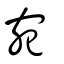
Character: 宛